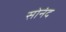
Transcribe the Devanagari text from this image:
सोनंद